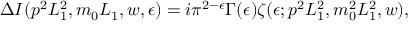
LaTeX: \Delta I ( p ^ { 2 } L _ { 1 } ^ { 2 } , m _ { 0 } L _ { 1 } , w , \epsilon ) = i \pi ^ { 2 - \epsilon } \Gamma ( \epsilon ) \zeta ( \epsilon ; p ^ { 2 } L _ { 1 } ^ { 2 } , m _ { 0 } ^ { 2 } L _ { 1 } ^ { 2 } , w ) ,